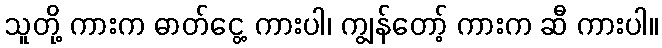
သူတို့ ကားက ဓာတ်ငွေ့ ကားပါ၊ ကျွန်တော့် ကားက ဆီ ကားပါ။